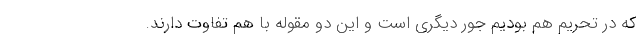
که در تحریم هم بودیم جور دیگری است و این دو مقوله با هم تفاوت دارند.